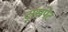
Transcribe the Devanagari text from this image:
ट्रांसपेट